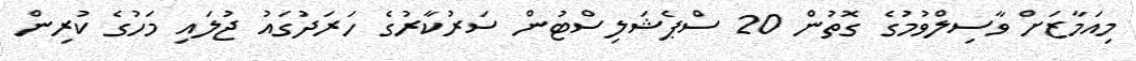
މިއަމާޒަށް ވާސިލްވުމުގެ ގޮތުން 20 ސްޕެޝަލިސްޓުން ސަރުކާރުގެ ހަރަދުގައު ޖުލައި މަހުގެ ކުރިން